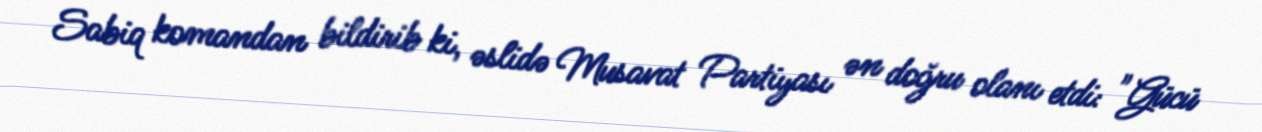
Sabiq komandan bildirib ki, əslidə Musavat Partiyası ən doğru olanı etdi: "Gücü